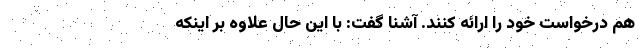
هم درخواست خود را ارائه کنند. آشنا گفت: با این حال علاوه بر اینکه